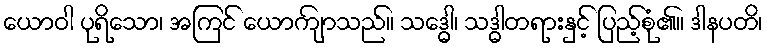
ယောဝါ ပုရိသော၊ အကြင် ယောကျ်ာသည်။ သဒ္ဓေါ၊ သဒ္ဓါတရားနှင့် ပြည့်စုံ၏။ ဒါနပတိ၊